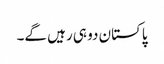
پاکستان دو ہی رہیں گے۔